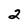
Character: 2